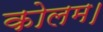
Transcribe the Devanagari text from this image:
कोलम।